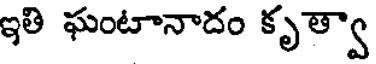
ఇతి ఘంటానాదం కృత్వా